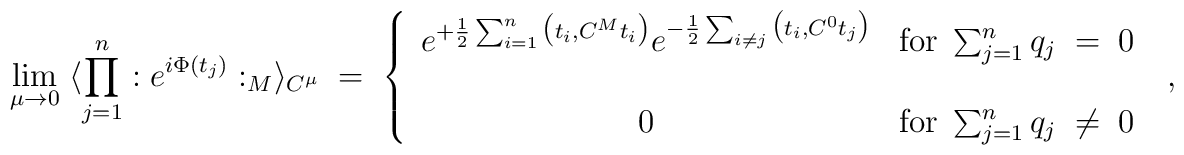
\lim_{\mu \rightarrow 0} \; \langle \prod_{j=1}^{n} : e^{i \Phi(t_j)} :_M  \rangle_{C^\mu}\; = \; \left\{ \begin{array}{cc}e^{+\frac{1}{2} \sum_{i=1}^n \big(t_i,C^M t_i \big)}e^{-\frac{1}{2} \sum_{i \neq j} \big(t_i,C^0 t_j \big)}& \mbox{for} \; \sum_{j=1}^n q_j \; = \; 0 \\ \; & \; \\0 & \mbox{for} \; \sum_{j=1}^n q_j \; \neq \; 0 \\\end{array} \right. \; ,